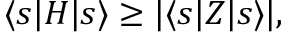
\langle s | H | s \rangle \geq | \langle s | Z | s \rangle | ,